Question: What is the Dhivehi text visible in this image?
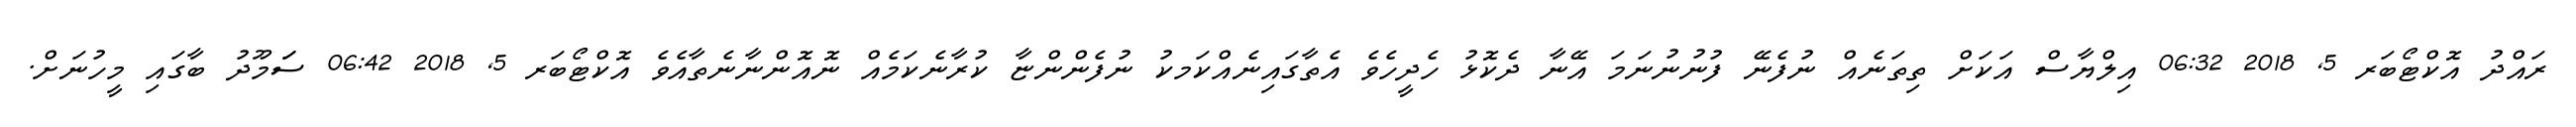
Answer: ރައްދު އޮކްޓޯބަރ 5, 2018 06:32 އިލްޔާސް އަކަށް ތިތަނެއް ނުފެނޭ ފުނުނުނަމަ އޭނާ ދެކޮޅު ހެދީހެވެ އެތާގައިނެއްކަމކު ނުފެންންޏާ ކުރާނެކަމެއް ނޮއޮންނާނެތާއެވެ އޮކްޓޯބަރ 5, 2018 06:42 ސަަމޫދު ބާގައި މީހުނަށް.